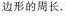
形的周长，